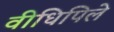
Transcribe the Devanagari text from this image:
वीधिपिले